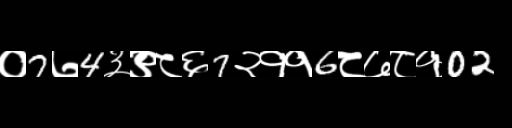
Text: ०7७4३९८६7२११6८७८१02